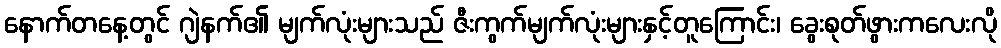
နောက်တနေ့တွင် ဂျဲနက်၏ မျက်လုံးများသည် ဇီးကွက်မျက်လုံးများနှင့်တူကြောင်း၊ ခွေးစုတ်ဖွားကလေးလို